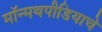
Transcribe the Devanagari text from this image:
मॉन्मथपीडियाचे